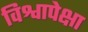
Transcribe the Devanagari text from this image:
विश्वापेक्षा